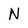
Character: N